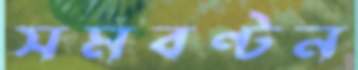
সমবণ্টন